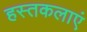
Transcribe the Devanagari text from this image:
हस्तकलाएं